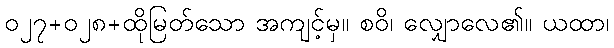
၀၂၇+၀၂၈+ထိုမြတ်သော အကျင့်မှ။ စဝိ၊ လျှောလေ၏။ ယထာ၊